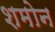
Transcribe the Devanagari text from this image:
शमोन